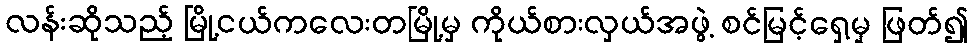
လန်းဆိုသည့် မြို့ငယ်ကလေးတမြို့မှ ကိုယ်စားလှယ်အဖွဲ့ စင်မြင့်ရှေ့မှ ဖြတ်၍